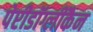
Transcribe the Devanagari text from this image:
पेप्टीडॉग्लीकैन